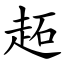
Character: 䞠